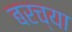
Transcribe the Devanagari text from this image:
बरच्या